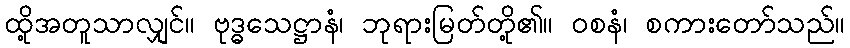
ထို့အတူသာလျှင်။ ဗုဒ္ဓသေဋ္ဌာနံ၊ ဘုရားမြတ်တို့၏။ ဝစနံ၊ စကားတော်သည်။